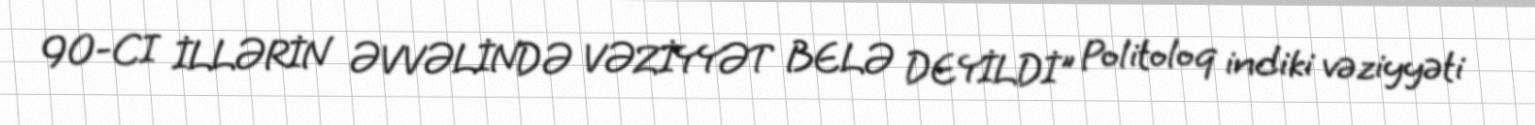
90-CI İLLƏRİN ƏVVƏLİNDƏ VƏZİYYƏT BELƏ DEYİLDİ" Politoloq indiki vəziyyəti